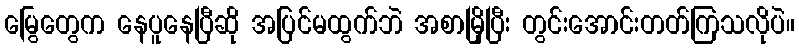
မြွေတွေက နေပူနေပြီဆို အပြင်မထွက်ဘဲ အစာမြိုပြီး တွင်းအောင်းတတ်ကြသလိုပဲ။